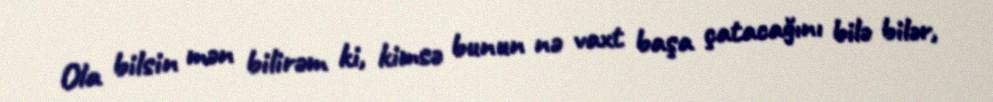
Ola bilsin mən bilirəm ki, kimsə bunun nə vaxt başa çatacağını bilə bilər,